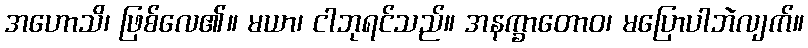
အဟောသိ၊ ဖြစ်လေ၏။ မယာ၊ ငါဘုရင်သည်။ အနက္ခာတောဝ၊ မပြောပါဘဲလျက်။